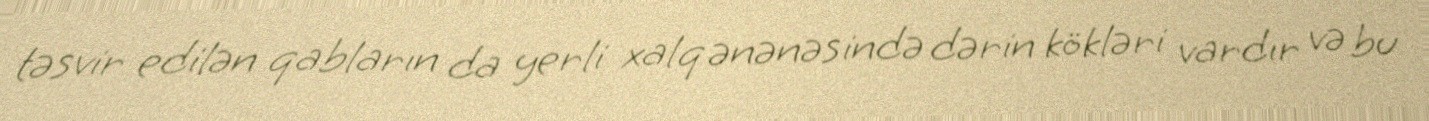
təsvir edilən qabların da yerli xalq ənənəsində dərin kökləri vardır və bu